Eesti_Vabariigi_Tartu_Ulikool, lk 140
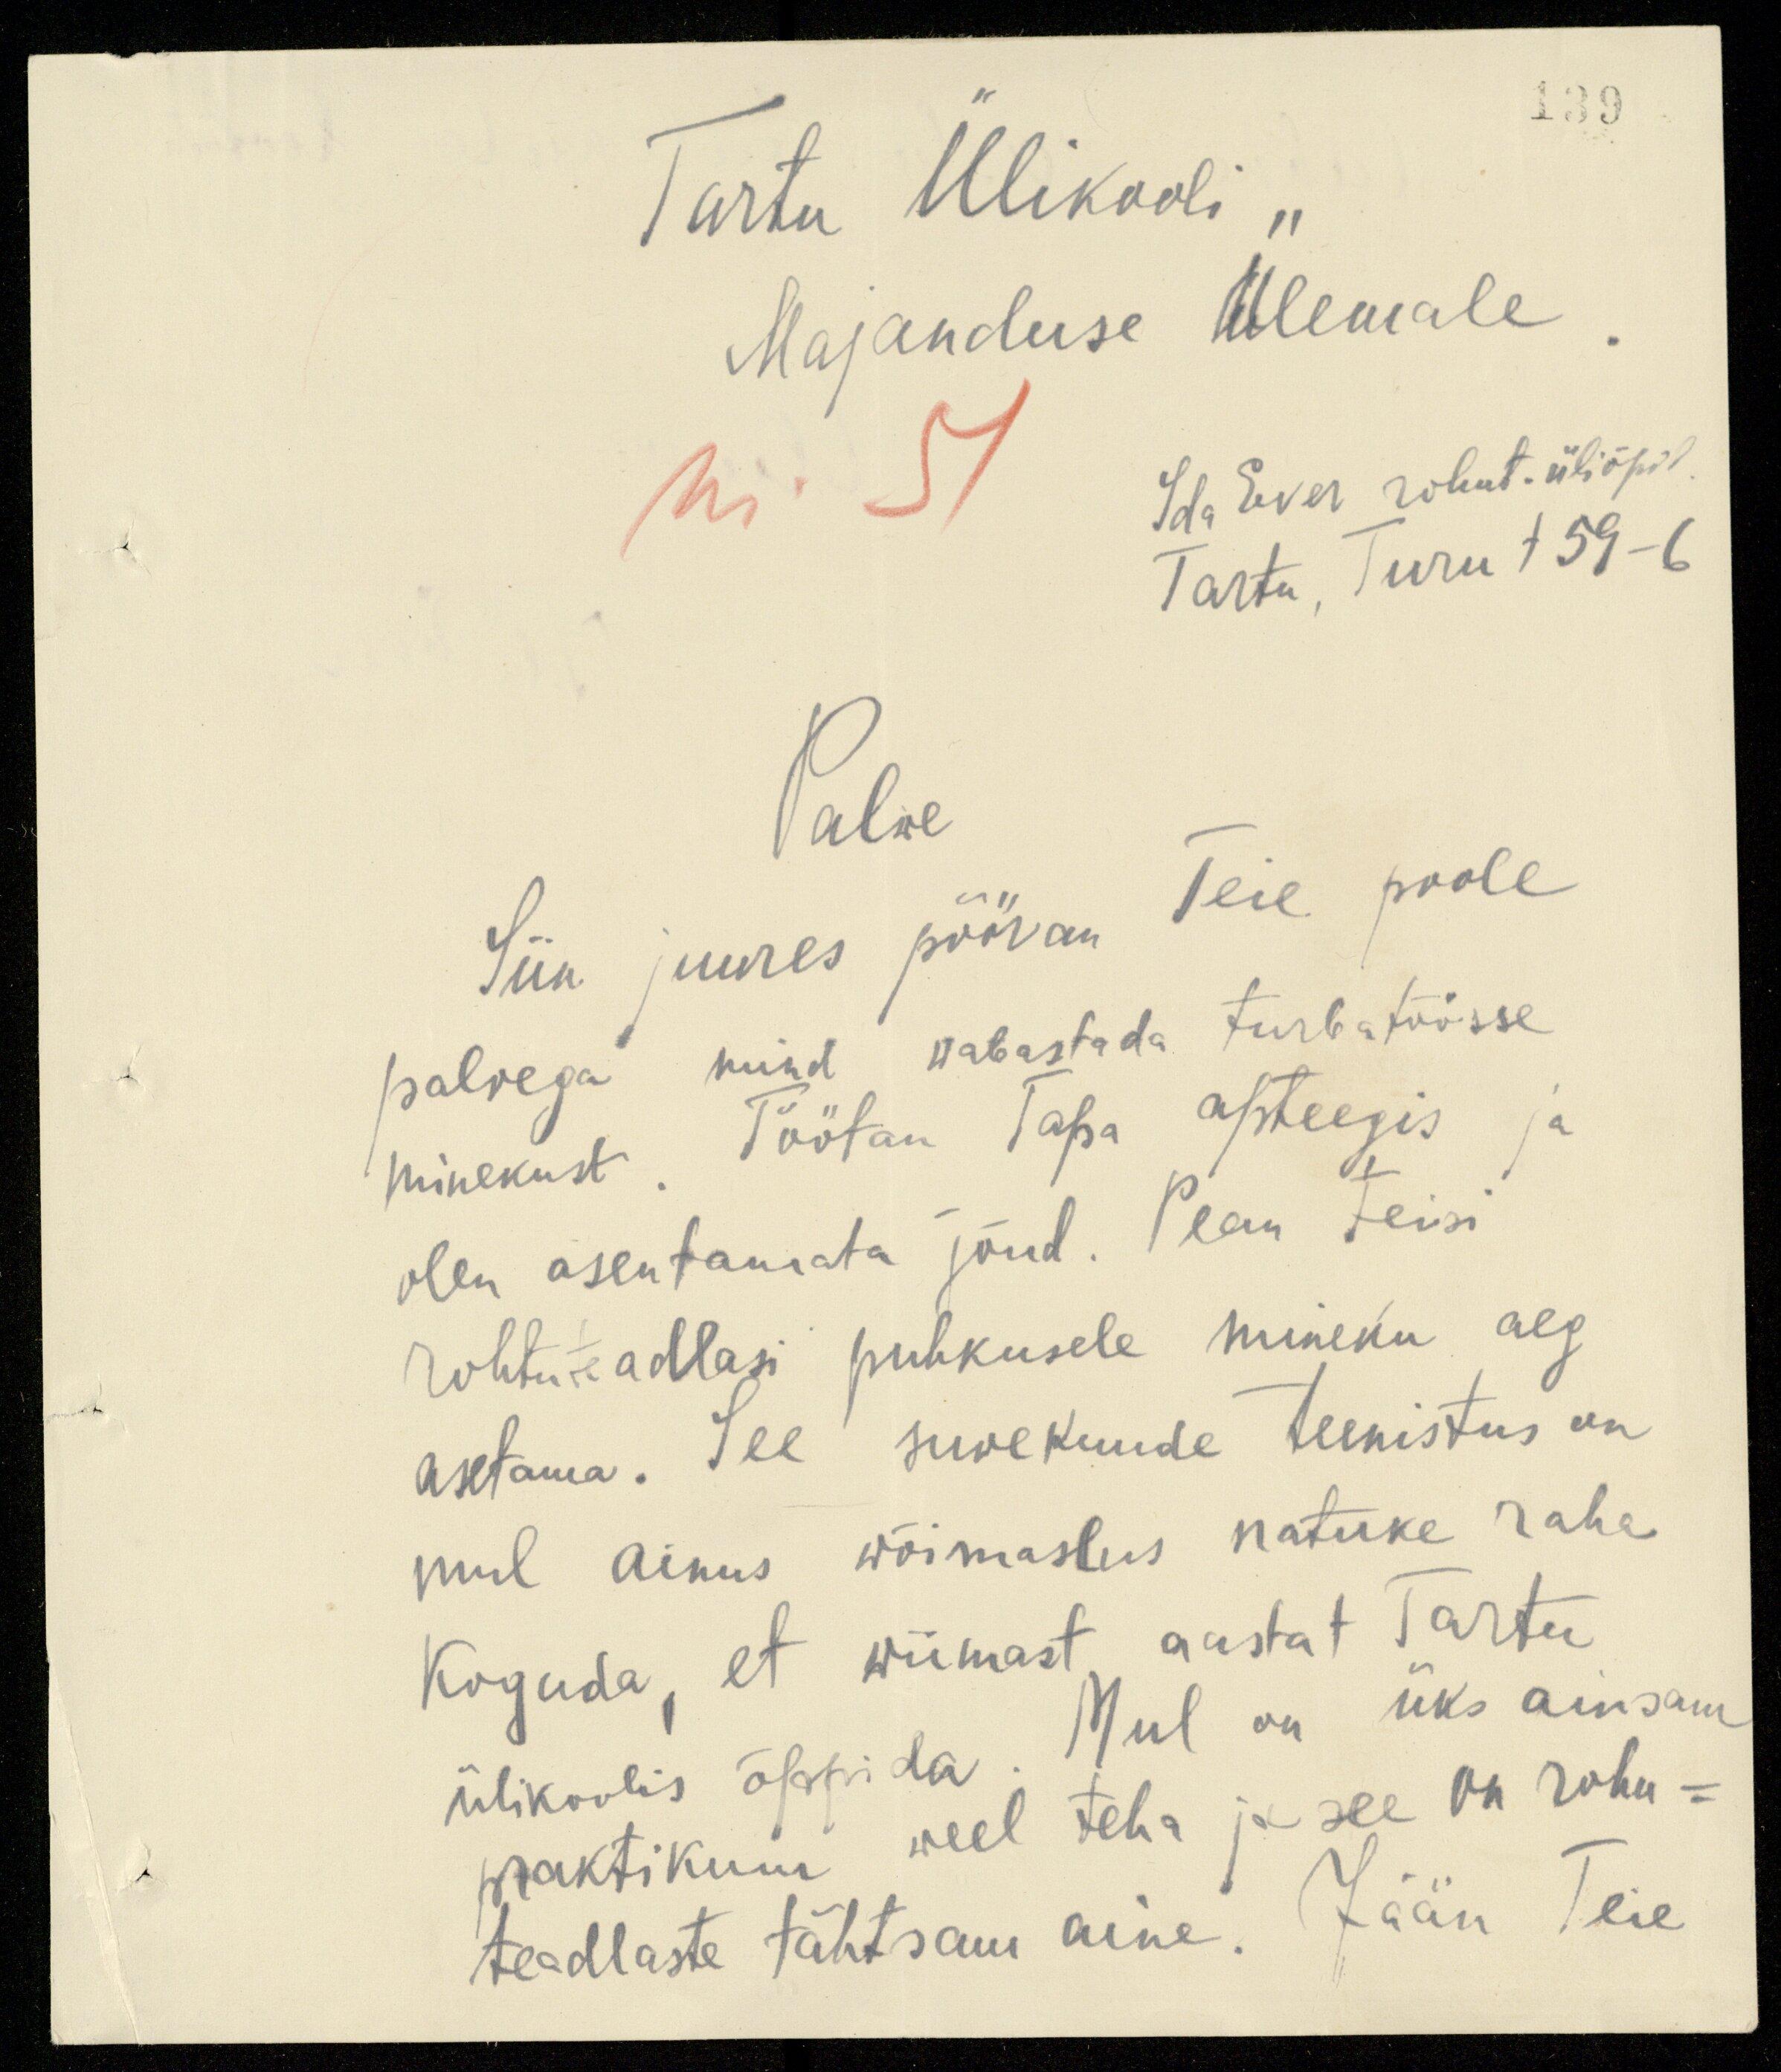
139
Tartu Ülikooli
Majanduse Ülemale
Nr. 51
Ida Ever rohut. üliõpil.
Tartu, Turu t 59-6
Palwe
Siin juures pööran Teie poole
palvega mind vabastada turbatöösse
minekust. Töötan Tapa apteegis ja
olen asentamata jõud. Pean teisi
rohtuteadlasi puhkusele mineku aeg
asetama. Tee suvekuude teenistus on
mul ainus wõimaslus natuke raha
koguda, et wiimast aastat Tartu
ülikoolis õppida. Mul on üks ainsam
praktikum weel teha ja see on rohu-
teadlaste tähtsam aine. Jään Teie